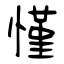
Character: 慬